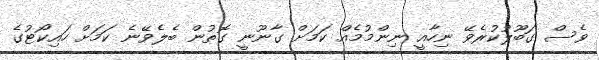
ވެސް ގަބޫލުކުރެވޭ ނިހާއީ ނިންމުމެއް ކަމަށް ގާނޫނީ ގޮތުން ބެލެވޭނެ ކަމަށް ހައިކޯޓުގެ